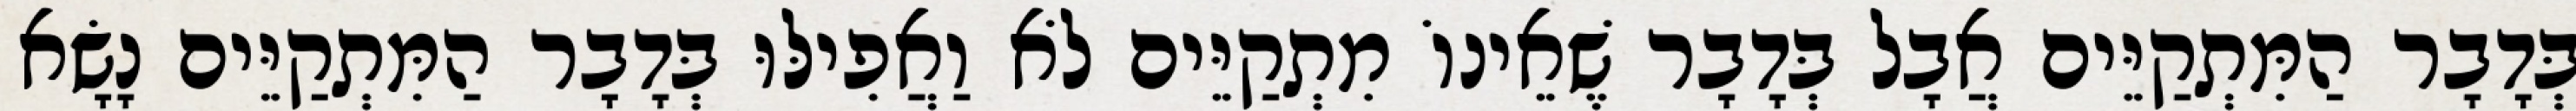
בְּדָבָר הַמִּתְקַיֵּים אֲבָל בְּדָבָר שֶׁאֵינוֹ מִתְקַיֵּים לֹא וַאֲפִילּוּ בְּדָבָר הַמִּתְקַיֵּים נָשָׂא